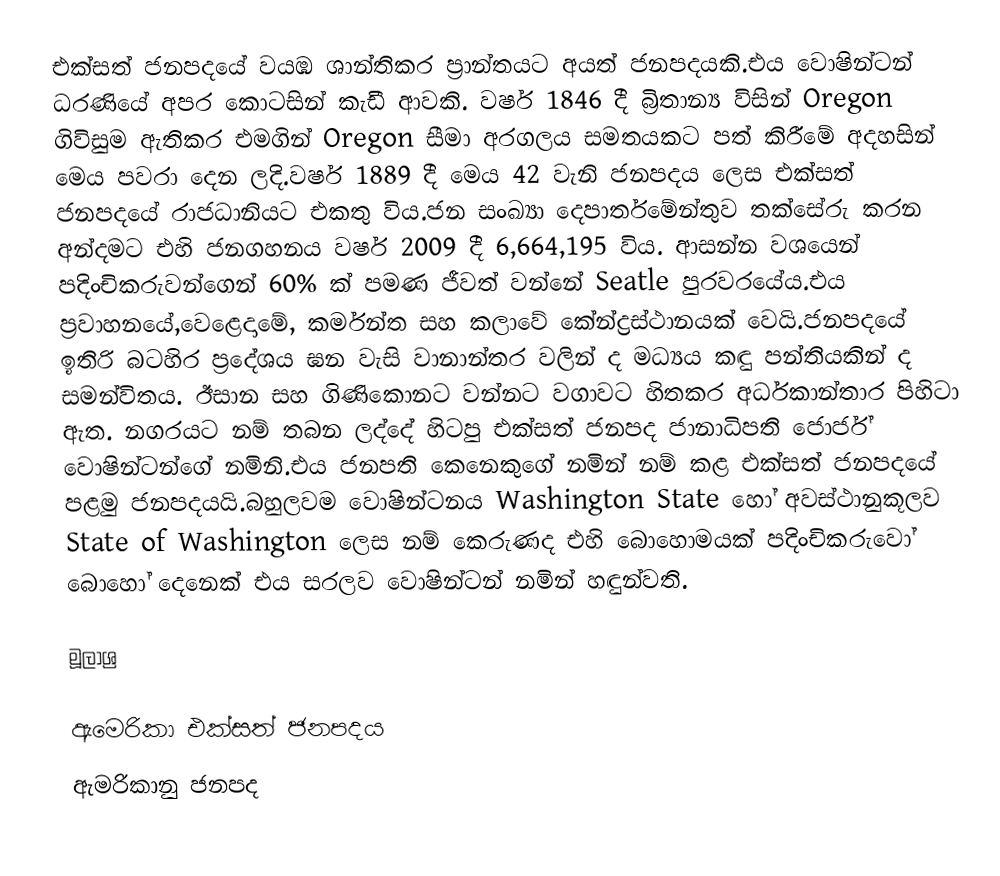
එක්සත් ජනපදයේ වයඹ ශාන්තිකර ප්‍රාන්තයට අයත් ජනපදයකි.එය වොෂින්ටන් ධරණියේ අපර කොටසින් කැඩී ආවකි. වර්ෂ 1846 දී බ්‍රිතාන්‍ය විසින් Oregon ගිවිසුම ඇතිකර එමගින් Oregon සීමා අරගලය සමතයකට පත් කිරීමේ අදහසින් මෙය පවරා දෙන ලදි.වර්ෂ 1889 දී මෙය 42 වැනි ජනපදය ලෙස එක්සත් ජනපදයේ රාජධානියට එකතු විය.ජන සංඛ්‍යා දෙපාර්තමේන්තුව තක්සේරු කරන අන්දමට එහි ජනගහනය වර්ෂ 2009 දී 6,664,195 විය. ආසන්න වශයෙන් පදිංචිකරුවන්ගෙන් 60% ක් පමණ ජීවත් වන්නේ Seatle පුරවරයේය.එය ප්‍රවාහනයේ,වෙළෙදාමේ, කර්මන්ත සහ කලාවේ කේන්ද්‍රස්ථානයක් වෙයි.ජනපදයේ ඉතිරි බටහිර ප්‍රදේශය ඝන වැසි වානාන්තර වලින් ද මධ්‍යය කඳු පන්තියකින් ද සමන්විතය. ඊසාන සහ ගිණිකොනට වන්නට වගාවට හිතකර අර්ධකාන්තාර පිහිටා ඇත. නගරයට නම් තබන ලද්දේ හිටපු එක්සත් ජනපද ජානාධිපති ජොර්ජ් වොෂින්ටන්ගේ නමිනි.එය ජනපති කෙනෙකුගේ නමින් නම් කළ එක්සත් ජනපදයේ පළමු ජනපදයයි.බහුලවම වොෂින්ටනය Washington State හෝ අවස්ථානුකූලව State of Washington ලෙස නම් කෙරුණද එහි බොහොමයක් පදිංචිකරුවෝ බොහෝ දෙනෙක් එය සරලව වොෂින්ටන් නමින් හඳුන්වති.

මූලාශ්‍ර

ඇමෙරිකා එක්සත් ජනපදය
ඇමරිකානු ජනපද